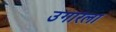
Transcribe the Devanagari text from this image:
उगारला